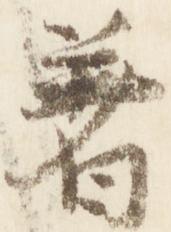
着